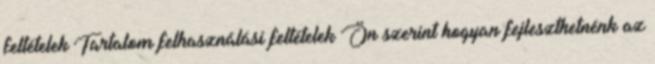
feltételek Tartalom felhasználási feltételek Ön szerint hogyan fejleszthetnénk az